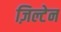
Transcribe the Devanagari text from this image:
ज़िल्टेन